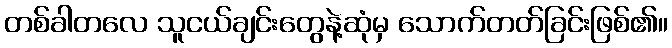
တစ်ခါတလေ သူငယ်ချင်းတွေနဲ့ဆုံမှ သောက်တတ်ခြင်းဖြစ်၏။